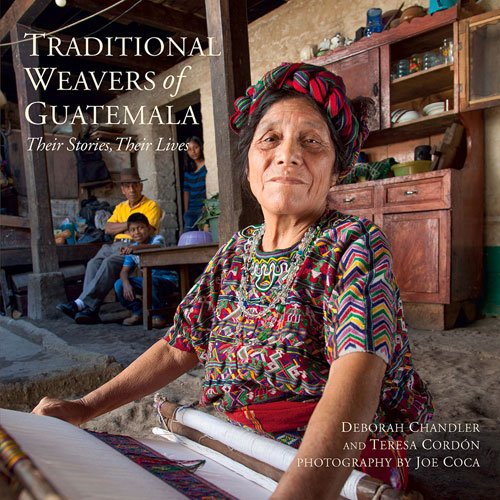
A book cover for Traditional Weavers of Guatemala: Their Stories, Their Lives; Deborah Chandler; Crafts, Hobbies & Home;